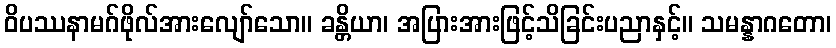
ဝိပဿနာမဂ်ဖိုလ်အားလျော်သော။ ခန္တိယာ၊ အပြားအားဖြင့်သိခြင်းပညာနှင့်။ သမန္နာဂတော၊